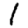
Digit: 1